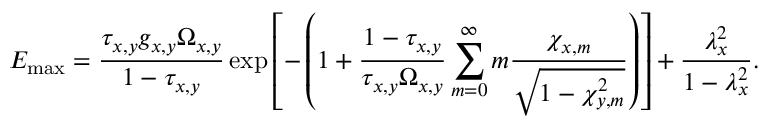
E _ { \mathrm { m a x } } = \frac { \tau _ { x , y } g _ { x , y } \Omega _ { x , y } } { 1 - \tau _ { x , y } } \exp \left[ - \left( 1 + \frac { 1 - \tau _ { x , y } } { \tau _ { x , y } \Omega _ { x , y } } \sum _ { m = 0 } ^ { \infty } m \frac { \chi _ { x , m } } { \sqrt { 1 - \chi _ { y , m } ^ { 2 } } } \right) \right] + \frac { \lambda _ { x } ^ { 2 } } { 1 - \lambda _ { x } ^ { 2 } } .